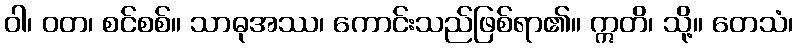
ဝါ၊ ဝတ၊ စင်စစ်။ သာဓုအဿ၊ ကောင်းသည်ဖြစ်ရာ၏။ ဣတိ၊ သို့။ တေသံ၊